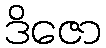
ဒိဇော